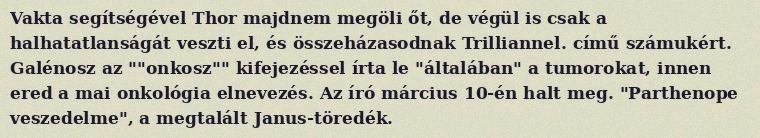
Vakta segítségével Thor majdnem megöli őt, de végül is csak a halhatatlanságát veszti el, és összeházasodnak Trilliannel. című számukért. Galénosz az ""onkosz"" kifejezéssel írta le "általában" a tumorokat, innen ered a mai onkológia elnevezés. Az író március 10-én halt meg. "Parthenope veszedelme", a megtalált Janus-töredék.